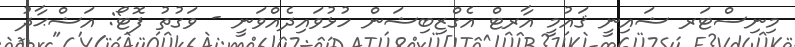
މިނިސްޓަރ ޝައިނީ ޤައުމީ އާރޓް އެގްޒިބިޝަން ހުޅުވައިދެއްވަނީ - ވަގުތު ފޮޓޯ: އަޝްޙާދު